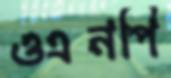
ওএনপি